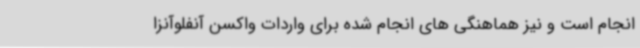
انجام است و نیز هماهنگی های انجام شده برای واردات واکسن آنفلوآنزا